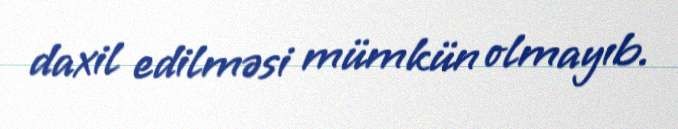
daxil edilməsi mümkün olmayıb.